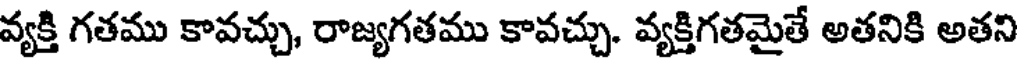
వ్యక్తి గతము కావచ్చు, రాజ్యగతము కావచ్చు. వ్యక్తిగతమైతే అతనికి అతని